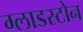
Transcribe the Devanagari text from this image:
ग्लाडस्टोन